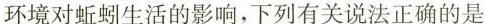
环境对蚯蚓生活的影响，下列有关说法正确的是